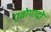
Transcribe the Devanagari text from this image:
एवोगाद्रो